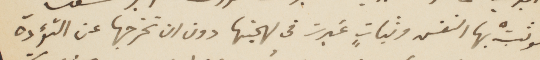
فوثبت بها النفس وثبات غيرت في لهجتها دون ان تخرجها عن التؤدة